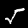
Digit: 5